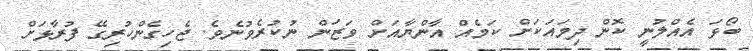
ބޯޅަ އެއްލުނީ ކޮން ދިމައަކަށް ކަމެއް އާންޔާއަށް ވަޒަން ނުކުރެވުނެވެ. ޖެހިގެންހުރިގޭ ފުރާޅަށް